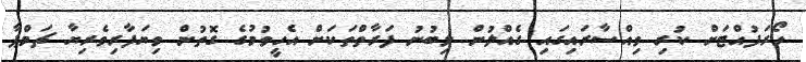
ހޯރަފުއްޓަށް ކުރި ވިއްސާރައިގައި ގެއްލުން ލިބުނު ފަރާތްތަކަށް އެހީވުމުގެ ގޮތުން ވިޔަފާރިވެރިޔާ ޗަމްޕާ